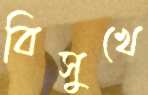
বিসুখে